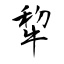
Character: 犂